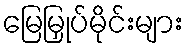
မြေမြှုပ်မိုင်းများ